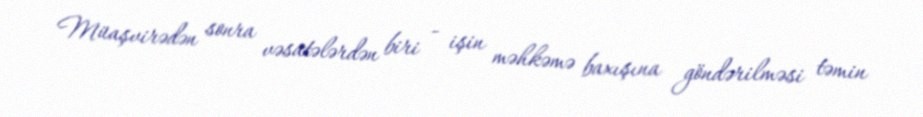
Müaşvirədən sonra vəsatələrdən biri - işin məhkəmə baxışına göndərilməsi təmin